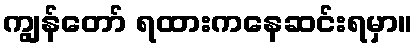
ကျွန်တော် ရထားကနေဆင်းရမှာ။